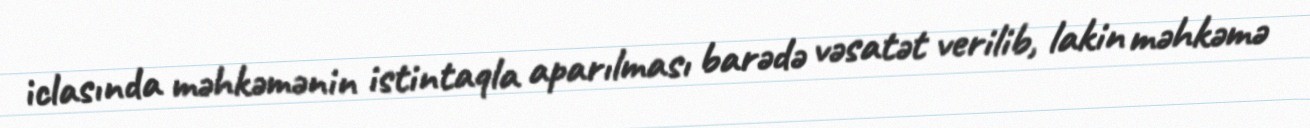
iclasında məhkəmənin istintaqla aparılması barədə vəsatət verilib, lakin məhkəmə